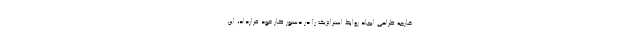
خارجه طراحی ایجاد روابط استراتژیک را در دستور کار خود قرارداد، این